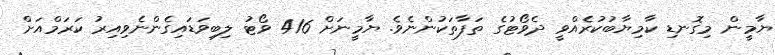
ޔާމީން މިގޮނޑި ކާމިޔާބުކުރެއްވީ ދެވޯޓުގެ ތަފާތަކުންނެވެ. ޔާމީނަށް 416 ވޯޓު ލިބިވަޑައިގެންނެވިއިރު ކަރަމްއަށް